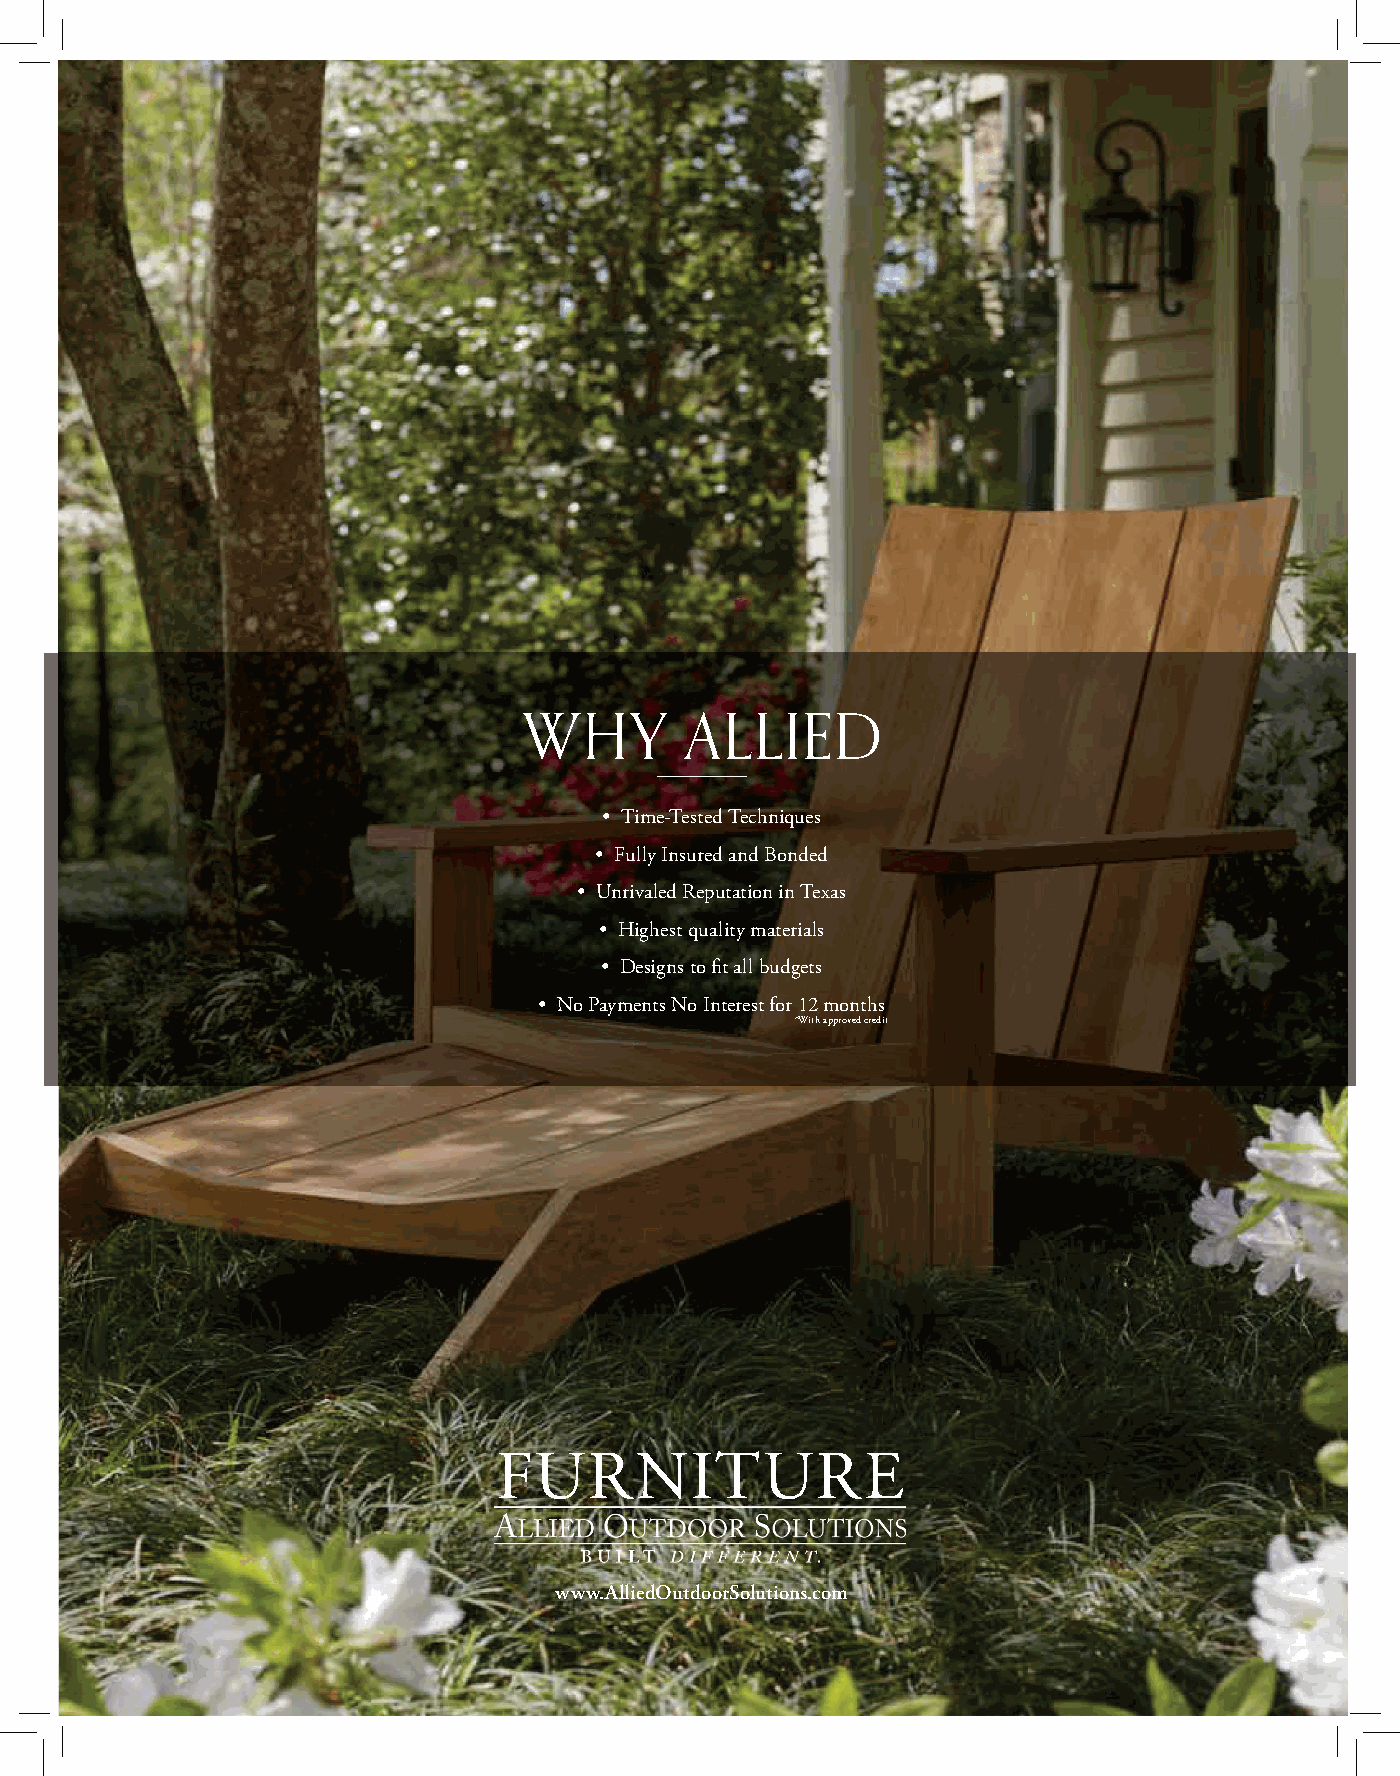
WHY       ALLIED
 • Time-Tested Techniques
 • Fully Insured and Bonded
 • Unrivaled Reputation in Texas
 • Highest quality materials
 • Designs to fi t all budgets
 • No Payments No Interest for 12 months
 *With approved credit
 FURNITURE
 www.AlliedOutdoorSolutions.com